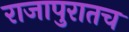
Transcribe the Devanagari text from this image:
राजापुरातच